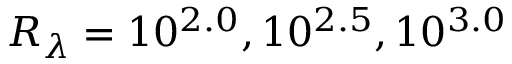
R _ { \lambda } = 1 0 ^ { 2 . 0 } , 1 0 ^ { 2 . 5 } , 1 0 ^ { 3 . 0 }